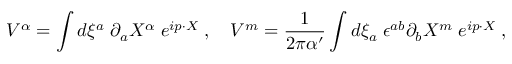
V ^ { \alpha } = \int d \xi ^ { a } \; \partial _ { a } X ^ { \alpha } \; e ^ { i p \cdot X } \; , \ \ \ V ^ { m } = { \frac { 1 } { 2 \pi \alpha ^ { \prime } } } \int d \xi _ { a } \; \epsilon ^ { a b } \partial _ { b } X ^ { m } \; e ^ { i p \cdot X } \; ,